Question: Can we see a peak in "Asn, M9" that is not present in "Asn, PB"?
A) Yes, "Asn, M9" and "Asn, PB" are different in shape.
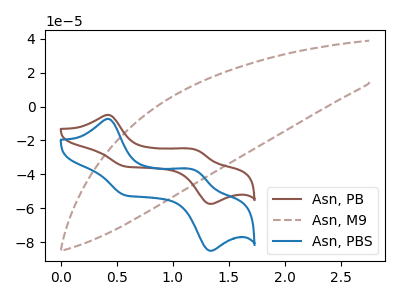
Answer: <think>The brown curve "Asn, PB" has anodic peaks at (0.40V, -4.95uA) (1.20V, -25.35uA) and cathodic peaks at (0.55V, -35.25uA) (1.35V, -57.35uA). The brown dashed curve "Asn, M9" has no peaks. The blue curve "Asn, PBS" has anodic peaks at (0.40V, -7.30uA) (1.20V, -37.55uA) and cathodic peaks at (0.55V, -52.15uA) (1.35V, -84.90uA).
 "Asn, M9" and "Asn, PB" have a different number of peaks.</think>
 <answer>A) Yes, "Asn, M9" and "Asn, PB" are different in shape.</answer>
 <eval>A</eval>